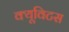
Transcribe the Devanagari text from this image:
क्यूविटस